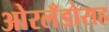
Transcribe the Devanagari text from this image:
ओरलँडोसह